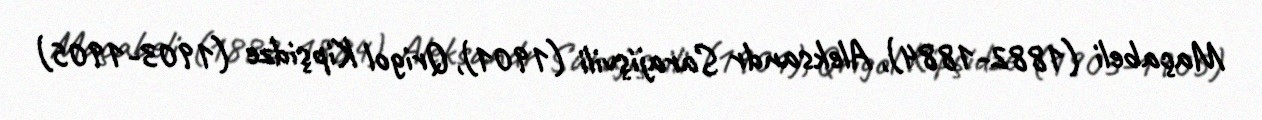
Maçabeli (1882-1884), Aleksandr Sarajişvili (1901), Qrigol Kipşidze (1903-1905)